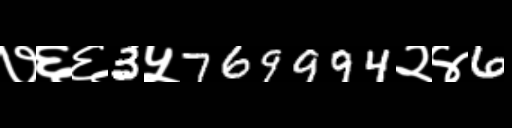
Text: ७६६3५769994२४6